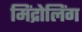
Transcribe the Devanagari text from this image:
मिंद्रोलिंग